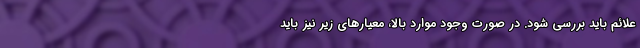
علائم باید بررسی شود. در صورت وجود موارد بالا، معیارهای زیر نیز باید